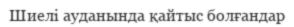
Шиелі ауданында қайтыс болғандар